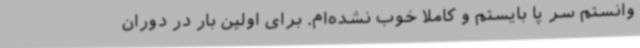
وانستم سر پا بایستم و کاملا خوب نشده‌ام. برای اولین بار در دوران